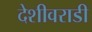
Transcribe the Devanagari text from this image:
देशीवराडी